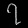
Digit: ၇